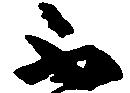
不